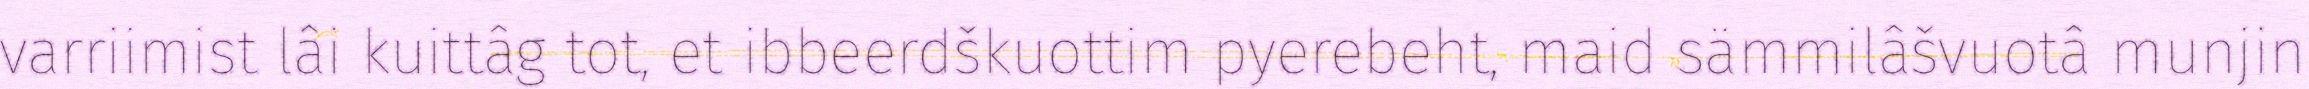
varriimist lâi kuittâg tot, et ibbeerdškuottim pyerebeht, maid sämmilâšvuotâ munjin